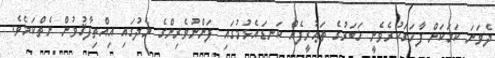
ދެވަނަ ކަމަކަށް ފާހަގަކުރެވެނީ ޚަބަރުގެ ތަޢުރީފެއް ކަނޑައެޅުމުގައި ފަންނުވެރިންގެ މެދުގައި އިއްތިފާޤުވުން ނެތްކަމެވެ.